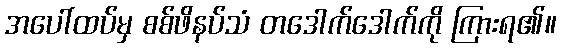
အပေါ်ထပ်မှ စစ်ဖိနပ်သံ တဒေါက်ဒေါက်ကို ကြားရ၏။